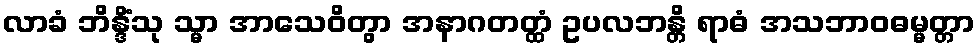
လာခံ ဘိန္ဒိံသု သ္မာ အာသေဝိတွာ အနာဂတတ္ထံ ဥပလဘန္တိ ရာဓံ အသဘာဝဓမ္မတ္တာ